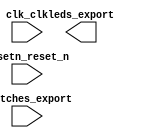

module pixel_xform_system (
	clk_clk,
	leds_export,
	resetn_reset_n,
	switches_export);	

	input		clk_clk;
	output	[7:0]	leds_export;
	input		resetn_reset_n;
	input	[7:0]	switches_export;
endmodule